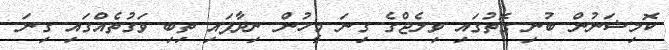
ކޮމިޝަނުން ބުނި ގޮތުގައި ވިލެޖްގެ ގިނަ މީހުން ނިދާފައި ތިބި ވަގުތެއްގައި ގިނަ